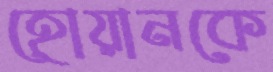
হোয়ানকে